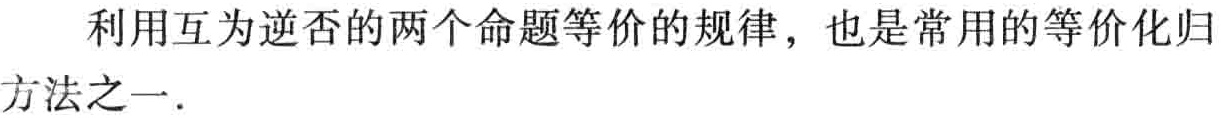
利用互为逆否的两个命题等价的规律，也是常用的等价化归方法之一.